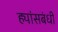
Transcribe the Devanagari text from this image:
ह्यांसबंधी